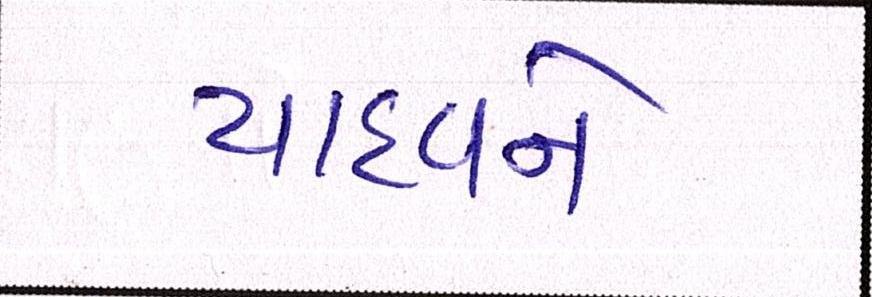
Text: યાદવને